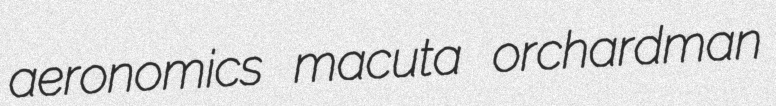
aeronomics macuta orchardman